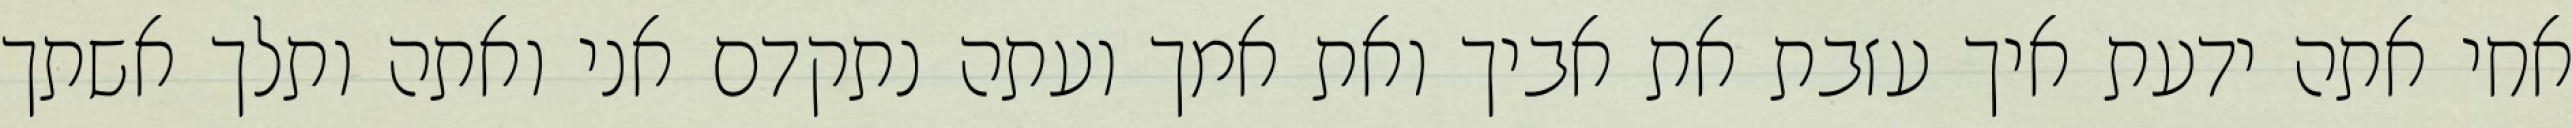
אחי אתה ידעת איך עזבת את אביך ואת אמך ועתה נתקדם אני ואתה ותלך אשתך